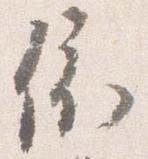
依